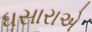
ધસારાએ